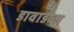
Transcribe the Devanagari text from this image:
डावाडोल